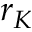
r _ { K }